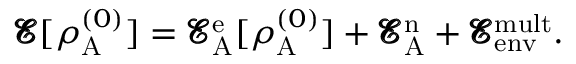
\begin{array} { r } { \pmb { \mathcal { E } } [ \rho _ { \mathrm { A } } ^ { ( 0 ) } ] = \pmb { \mathcal { E } } _ { \mathrm { A } } ^ { \mathrm { e } } [ \rho _ { \mathrm { A } } ^ { ( 0 ) } ] + \pmb { \mathcal { E } } _ { \mathrm { A } } ^ { \mathrm { n } } + \pmb { \mathcal { E } } _ { \mathrm { e n v } } ^ { \mathrm { m u l t } } . } \end{array}